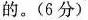
的。(6分)